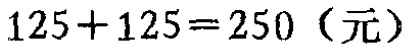
\(125 + 125 = 250\)（元）